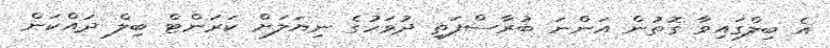
އެ ބިލްގައިވާ ގޮތުން އަންނަ ބުރާސްފަތި ދުވަހުގެ ނިޔަލަށް ކަރަންޓް ބިލް ދައްކަން